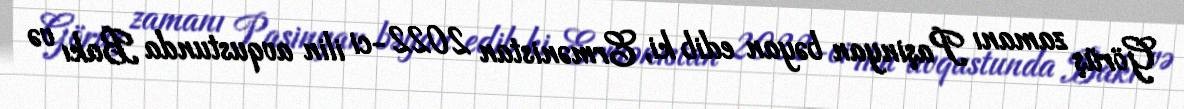
Görüş zamanı Paşinyan bəyan edib ki, Ermənistan 2022-ci ilin avqustunda Bakı və